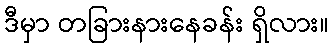
ဒီမှာ တခြားနားနေခန်း ရှိလား။